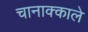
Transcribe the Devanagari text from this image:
चानाक्काले